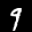
Label: 9